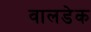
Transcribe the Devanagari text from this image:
वालडेक